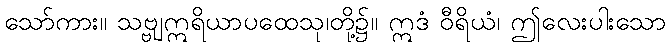
သော်ကား။ သဗ္ဗျဣရိယာပထေသု၊တို့၌။ ဣဒံ ဝီရိယံ၊ ဤလေးပါးသော